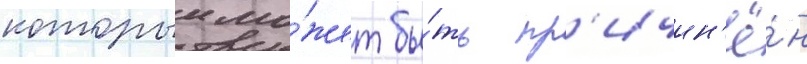
которыи мо́жет бы́ть пр'ичин'ё́н